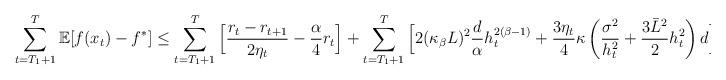
LaTeX: \begin{align*} \sum_{t=T_{1}+1}^{T}\mathbb{E}[f(x_{t})-f^*]\leq \sum_{t=T_{1}+1}^{T}\Big[\frac{r_{t}-r_{t+1}}{2\eta_t} - \frac{\alpha}{4}r_t\Big]+\sum_{t=T_{1}+1}^{T}\Big[2(\kappa_{\beta}L)^2\frac{d}{\alpha}h_{t}^{2(\beta-1)}+\frac{3\eta_t}{4} \kappa\left( \frac{\sigma^2}{h_{t}^2}+ \frac{3 {\bar L}^2}{2} h_{t}^2 \right)d \Big],\end{align*}